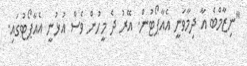
"ނިޒާމްބެ އާ ދިމާވަނީ އެއާޕޯޓުން. އޭރު ދެ މީހުން ވެސް އުޅުނީ އެއާޕޯޓުގައި.